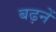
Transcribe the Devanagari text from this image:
बढ़नें